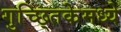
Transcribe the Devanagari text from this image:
गुच्छ्तिकेमध्ये